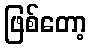
ဖြစ်တော့